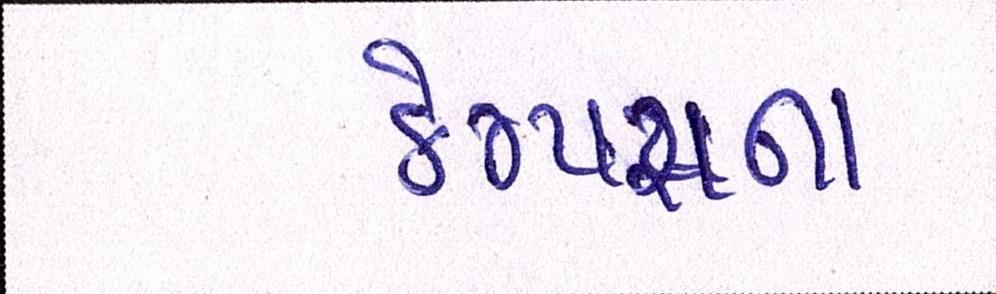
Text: કેમ્પસના